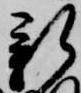
新